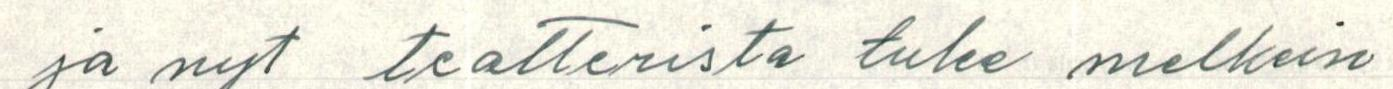
ja nyt teatterista tulee melkein